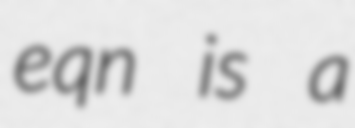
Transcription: eqn is a